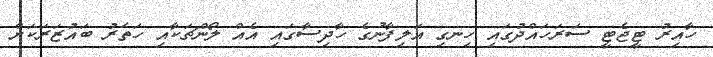
ހާއިރު ޓީޖެޓީ ސަރަހައްދުގައި ހިނގި އަލިފާނުގެ ހާދިސާގައި އެއް ލޯންޗަކާއި ހަތަރު ބައުޒަރަކަށް